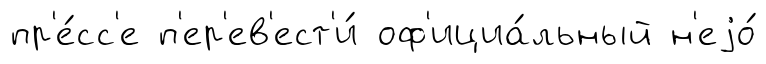
пр'е́сс'е п'ер'ев'ест'и́ оф'ициа́льный н'еjо́